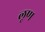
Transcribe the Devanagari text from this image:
लूण